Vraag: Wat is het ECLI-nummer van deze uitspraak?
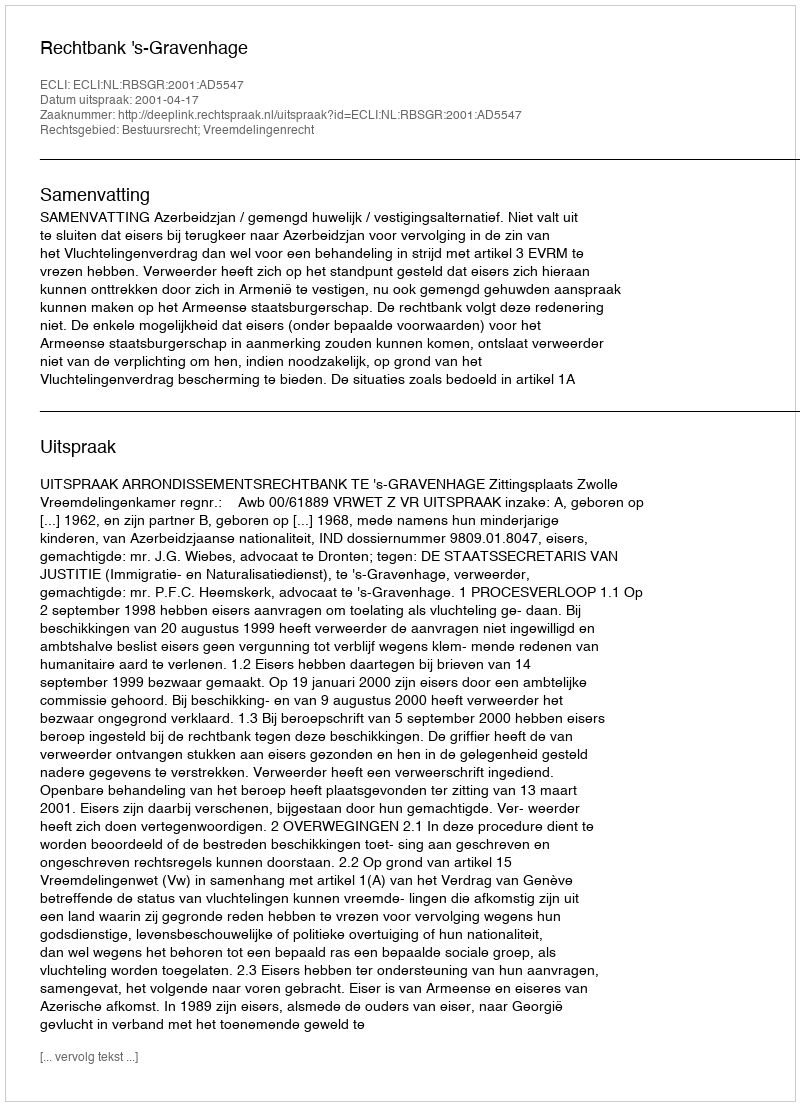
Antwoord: ECLI:NL:RBSGR:2001:AD5547